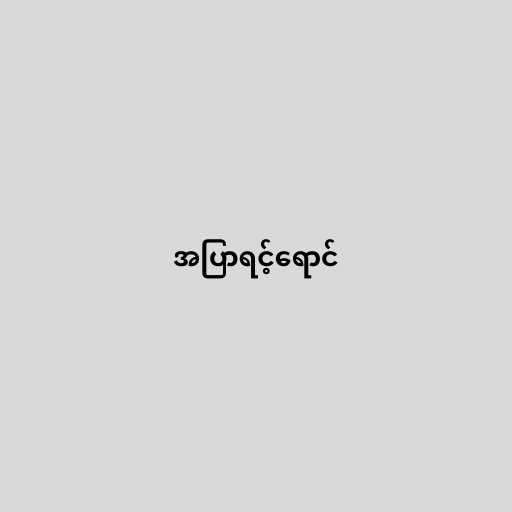
အပြာရင့်ရောင်